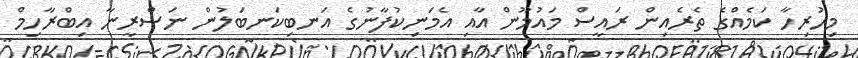
މިހުރިހާ ކަމެއްގެ ތެރެއިން ރައީސް މައުމޫން އާއި އެމަނިކުފާނުގެ އަނބިކަނބަލުން ނަސްރީނާ އިބްރާހިމް